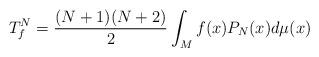
LaTeX: \begin{align*}T^N_f=\frac{(N+1)(N+2)}{2} \int_{M} f(x) P_N(x) d\mu(x)\end{align*}